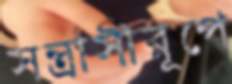
সন্ত্রাসীরূপে